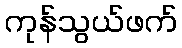
ကုန်သွယ်ဖက်